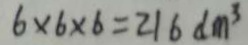
6 \times 6 \times 6 = 2 1 6 d m ^ { 3 }